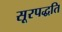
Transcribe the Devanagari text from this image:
सूरपद्धति